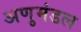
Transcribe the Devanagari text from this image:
अणुमंडल